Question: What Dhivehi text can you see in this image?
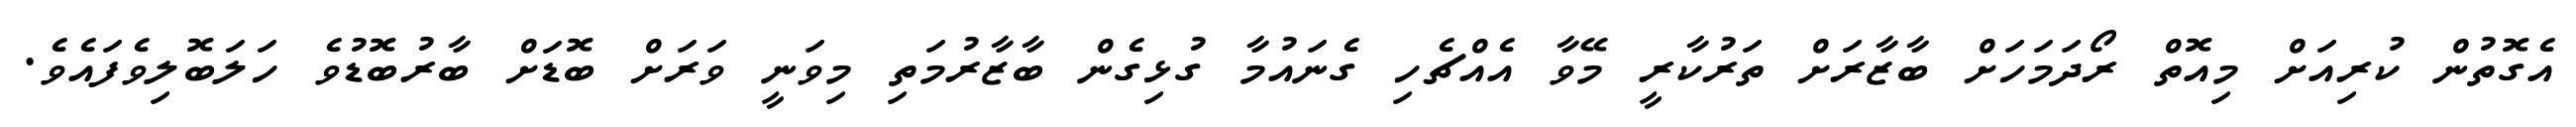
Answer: އެގޮތުން ކުރިއަށް މިއޮތް ރޯދަމަހަށް ބާޒާރަށް ތަރުކާރީ މޭވާ އެއްޗެހި ގެނައުމާ ގުޅިގެން ބާޒާރުމަތި މިވަނީ ވަރަށް ބޮޑަށް ބާރުބޮޑުވެ ހަލަބޮލިވެފައެވެ.